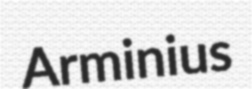
Arminius